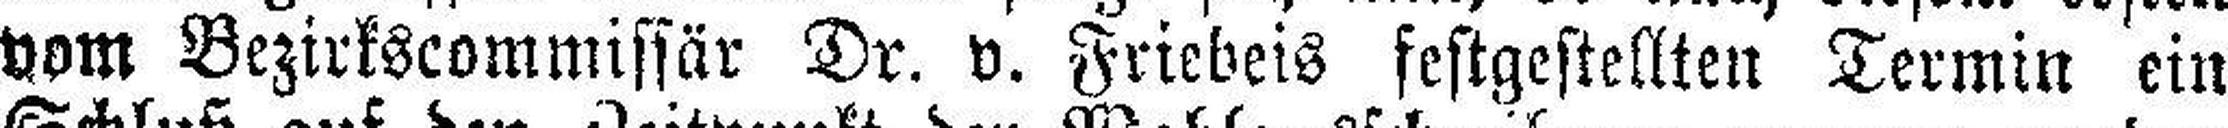
vom Bezirkscommissär Dr. v. Friebeis festgestellten Termin ein